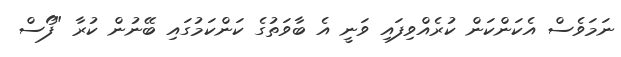
ނަމަވެސް އެކަންކަން ކުރެއްވިފައި ވަނީ އެ ބާވަތުގެ ކަންކަމުގައި ބޭނުން ކުރާ "ފޯސް